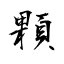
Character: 顆